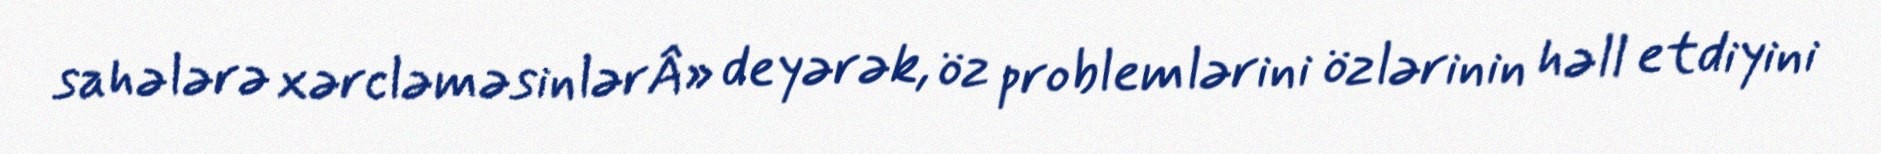
sahələrə xərcləməsinlərÂ» deyərək, öz problemlərini özlərinin həll etdiyini